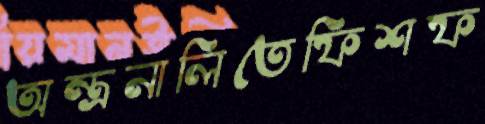
অন্ত্রনালিতেফিশফ